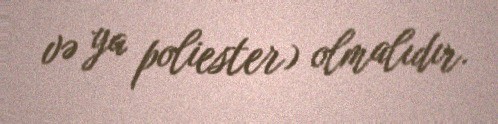
və ya poliester) olmalıdır.